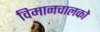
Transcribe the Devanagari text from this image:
विमानचालको